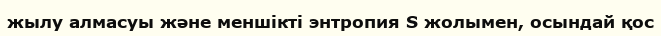
жылу алмасуы және меншікті энтропия S жолымен, осындай қос